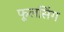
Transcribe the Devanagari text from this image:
फूलसिंग